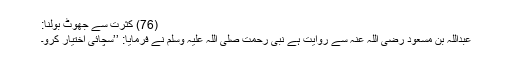
(76) کثرت سے جھوٹ بولنا:
عبداللہ بن مسعود رضی اللہ عنہ سے روایت ہے نبی رحمت صلی اللہ علیہ وسلم نے فرمایا: ’’سچائی اختیار کرو۔